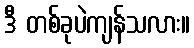
ဒီ တစ်ခုပဲကျန်သလား။